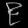
Digit: ၉